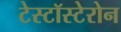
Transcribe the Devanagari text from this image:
टेस्टॉस्टेरोन